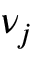
\nu _ { j }